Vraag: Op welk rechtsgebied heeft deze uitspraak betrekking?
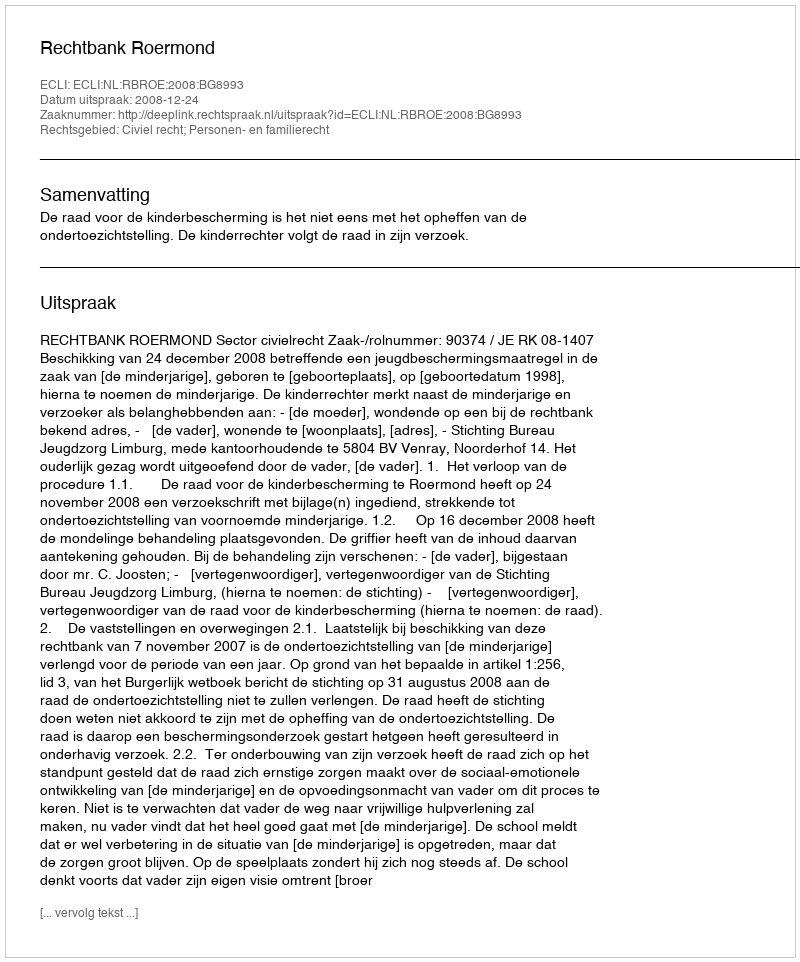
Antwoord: Civiel recht; Personen- en familierecht